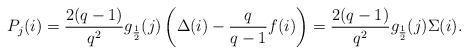
LaTeX: \begin{align*}P_j(i)=\frac{2(q-1)}{q^2}g_\frac{1}{2}(j)\left(\Delta(i)-\frac{q}{q-1}f(i)\right)=\frac{2(q-1)}{q^2}g_\frac{1}{2}(j)\Sigma(i).\end{align*}